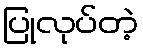
ပြုလုပ်တဲ့